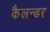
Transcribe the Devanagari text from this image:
कैलन्डर